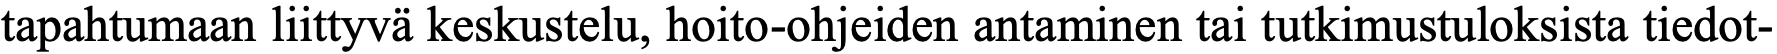
tapahtumaan liittyvä keskustelu, hoito-ohjeiden antaminen tai tutkimustuloksista tiedot-